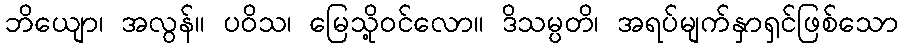
ဘိယျော၊ အလွန်။ ပဝိသ၊ မြေသို့ဝင်လော။ ဒိသမ္ပတိ၊ အရပ်မျက်နှာရှင်ဖြစ်သော